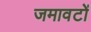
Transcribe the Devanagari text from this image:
जमावटों